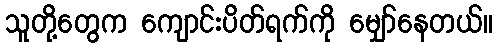
သူတို့တွေက ကျောင်းပိတ်ရက်ကို မျှော်နေတယ်။